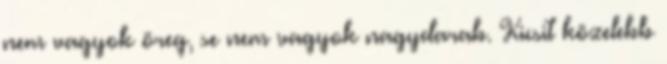
nem vagyok öreg, se nem vagyok nagydarab. Kicsit közelebb